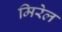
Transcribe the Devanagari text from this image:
मिरेल